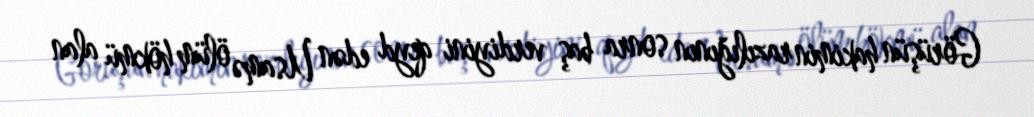
Görüşün hakimin razılığının sonra baş verdiyini qeyd edən Usamə ölüm hökmü alan